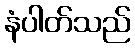
နံပါတ်သည်